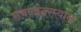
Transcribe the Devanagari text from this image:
संवादांदरम्यान